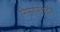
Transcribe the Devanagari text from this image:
निसर्गसंपदेने